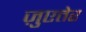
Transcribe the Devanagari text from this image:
ज़ुएतेर